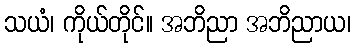
သယံ၊ ကိုယ်တိုင်။ အဘိညာ အဘိညာယ၊